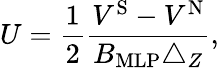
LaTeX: U=\frac{1}{2}\frac{V^{\mathrm{S}}-V^{\mathrm{N}}}{B_{\mathrm{MLP}}\triangle_{Z}},